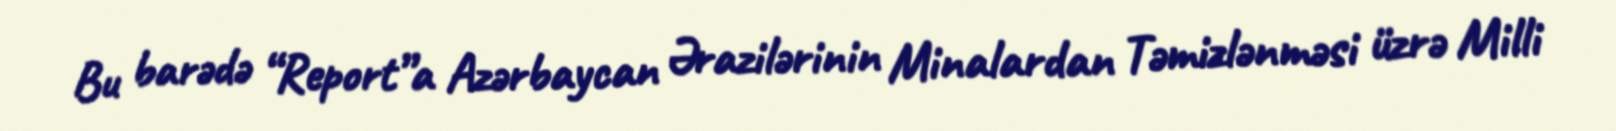
Bu barədə “Report”a Azərbaycan Ərazilərinin Minalardan Təmizlənməsi üzrə Milli